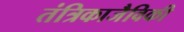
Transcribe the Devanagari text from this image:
तंत्रिकाजैविकी